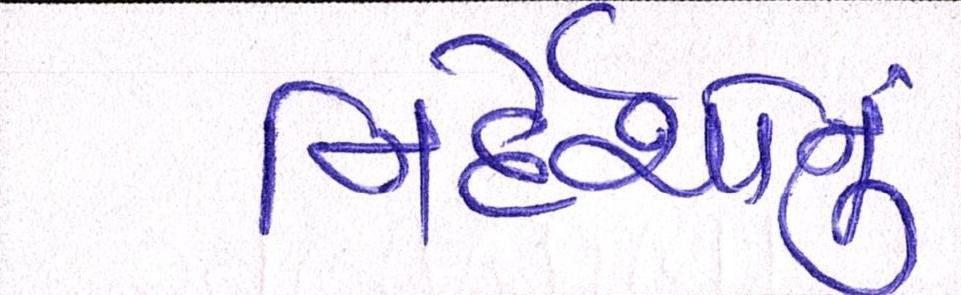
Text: નિર્દેશોનું